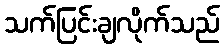
သက်ပြင်းချလိုက်သည်